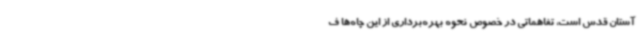
آستان‌ قدس است، تفاهماتی در خصوص نحوه بهره‌برداری از این چاه‌ها ف